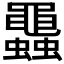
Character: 𧕵